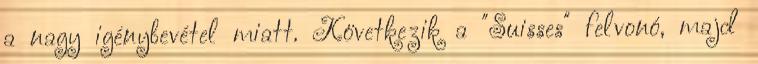
a nagy igénybevétel miatt. Következik a "Suisses" felvonó, majd